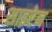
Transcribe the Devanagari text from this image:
साइरेन